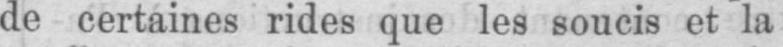
de certaines rides que les soucis et la